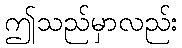
ဤသည်မှာလည်း